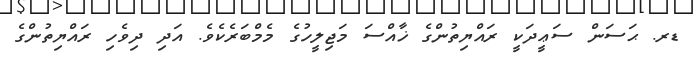
ޑރ. ޙަސަން ސަޢީދަކީ ރައްޔިތުންގެ ޚާއްސަ މަޖިލީހުގެ މެމްބަރެކެވެ. އަދި ދިވެހި ރައްޔިތުންގެ